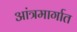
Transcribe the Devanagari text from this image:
आंत्रमार्गात